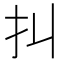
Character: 㧃